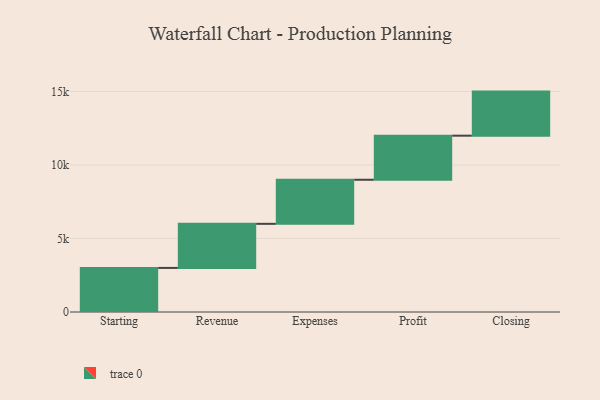
{"axis": {"x": "Step", "y": "Value"}, "legend": [""], "data": [{"x": "Starting", "y": 3000, "type": ""}, {"x": "Revenue", "y": 3000, "type": ""}, {"x": "Expenses", "y": 3000, "type": ""}, {"x": "Profit", "y": 3000, "type": ""}, {"x": "Closing", "y": 3000, "type": ""}]}